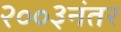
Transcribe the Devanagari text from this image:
२००३नंतर